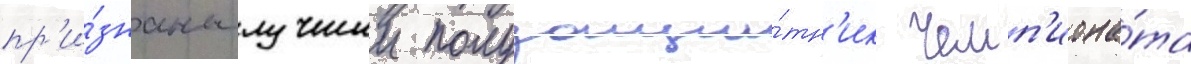
пр'и́знаны лучшии полузащи́тн'ик чемп'иона́та